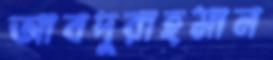
আবদুরাহমান